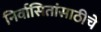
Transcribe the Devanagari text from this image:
निर्वासितांसाठीचे